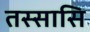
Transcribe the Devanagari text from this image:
तस्सासि